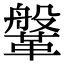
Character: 鞶